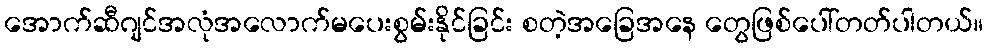
အောက်ဆီဂျင်အလုံအလောက်မပေးစွမ်းနိုင်ခြင်း စတဲ့အခြေအနေ တွေဖြစ်ပေါ်တတ်ပါတယ်။